Insane asylums Bombay 1873-77 - 1873-1877
Year: 1873
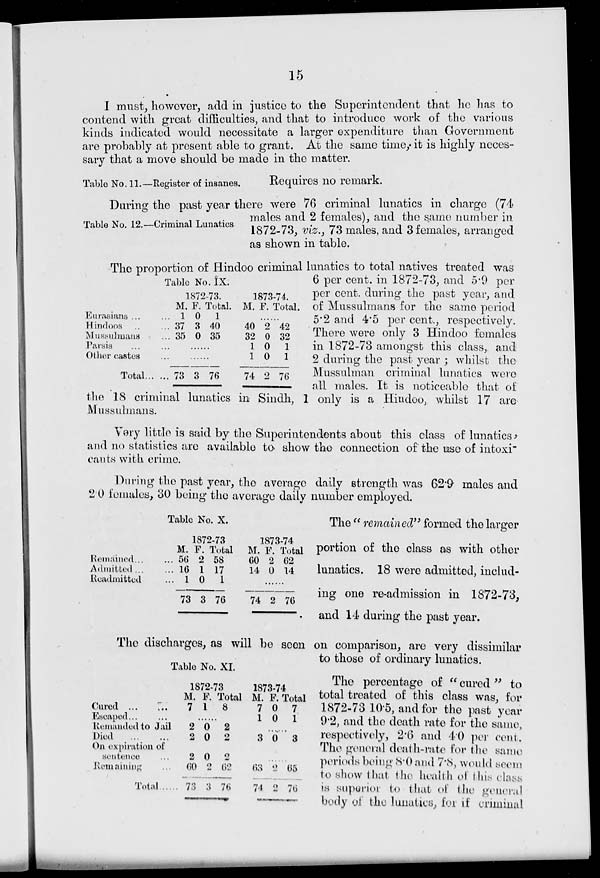
15
I must, however, add in justice to the Superintendent that he has to
contend with great difficulties, and that to introduce work of the various
kinds indicated would necessitate a larger expenditure than Government
are probably at present able to grant. At the same time, it is highly neces-
sary that a move should be made in the matter.
Table No. 11.— Register of insanes.
Requires no remark.
Table No. 12.— Criminal Lunatics
During the past year there were 76 criminal lunatics in charge (74
males and 2 females), and the same number in
1872-73, viz., 73 males, and 3 females, arranged
as shown in table.
Table No. IX.
Eurasians ... ...
Hindoos ... ...
Mussulmans ...
Parsis ... ...
Other castes ...
Total ... ...
1872-73.
M.
1
37
35
F.
0
3
0
Total.
1
40
35
......
......
73 3 76
1873-74.
M. F. Total.
......
40
32
1
1
74
2
0
0
0
2
42
32
1
1
76
The proportion of Hindoo criminal lunatics to total natives treated was
6 per cent. in 1872-73, and 5.9 per
per cent. during the past year, and
of Mussulmans for the same period
5.2 and 4.5 per cent., respectively.
There were only 3 Hindoo females
in 1872-73 amongst this class, and
2 during the past year ; whilst the
Mussulman criminal lunatics were
all males. It is noticeable that of
the 18 criminal lunatics in Sindh, I only is a Hindoo, whilst 17 are
Mussulmans.
Very little is said by the Superintendents about this class of lunatics,
and no statistics are available to show the connection of the use of intoxi-
cants with crime.
During the past year, the average daily strength was 62.9 males and
2.0 females, 30 being the average daily number employed.
Table No. X.
Remained ... ...
Admitted ... ...
Readmitted ...
1872-73
M.
56
16
1
73
F.
2
1
0
3
Total
58
17
1
76
1873-74
M.
60
14
F.
2
0
Total
62
14
......
74 2 76
The " remained" formed the larger
portion of the class as with other
lunatics. 18 were admitted, includ-
ing one re-admission in 1872-73,
and 14 during the past year.
The discharges, as will be seen on comparison, are very dissimilar
to those of ordinary lunatics.
Table No. XI.
Cured ...
...
Escaped ... ...
Remanded to Jail
Died ... ...
On expiration of
sentence ...
Remaining ...
Total .....
M.
7
F.
1
Total
8
......
2
2
2
60
73
0
0
0
2
3
2
2
2
62
76
M.
7
1
F.
0
0
Total
7
1
......
3 0 3
......
63
74
2
2
65
76
The percentage of " cured " to
total treated of this class was, for
1872-73 10.5, and for the past year
9.2, and the death rate for the same,
respectively, 2.6 and 4.0 per cent.
The general death-rate for the same
periods being 8.0 and 7.8, would seem
to show that the health of this class
is superior to that of the general
body of the lunatics, for if criminal